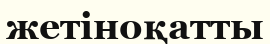
жетіноқатты